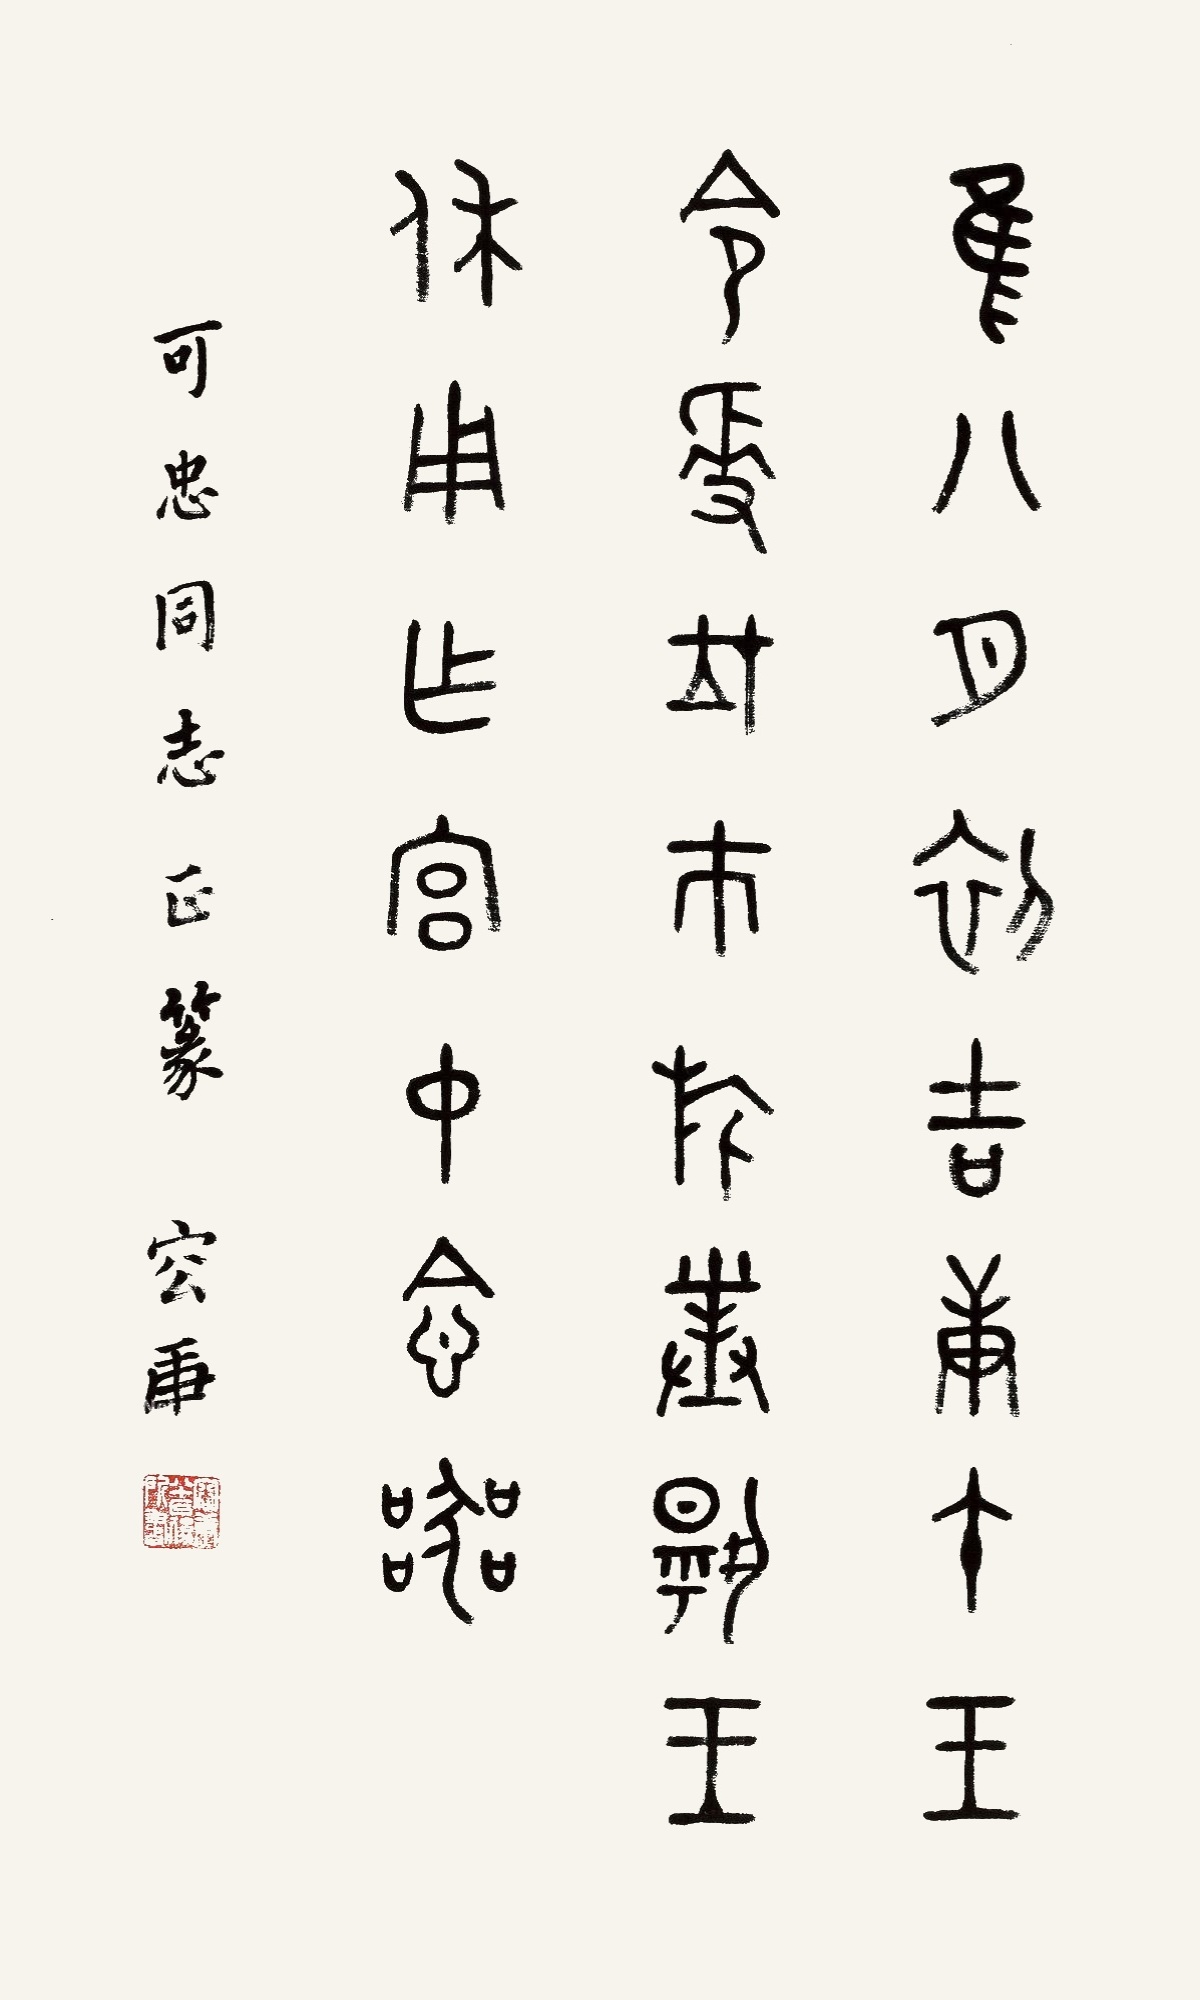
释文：唯八月初吉庚午，王令爱在市，旅对，对扬王，休用作宫中食器。可忠同志正篆，容庚。